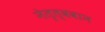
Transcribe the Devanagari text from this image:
नेतृत्ववान